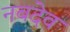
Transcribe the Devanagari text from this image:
नबदेव